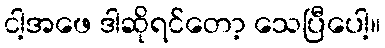
ငါ့အဖေ ဒါဆိုရင်တော့ သေပြီပေါ့။